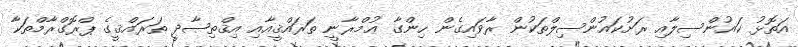
އަތޮޅު ކައުންސިލާއި ރަށުކައުންސިލްތަކުން ރާވައިގެން ހިންގާ ޢުމްރާނީ ތަރައްޤީއާއި އިޤްތިޞާދީ ތަރައްޤީގެ ޕްރޮގްރާމްތަކާ